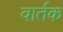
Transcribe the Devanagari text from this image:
वार्तक